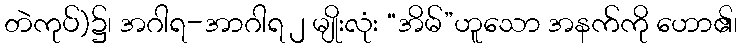
တဲကုပ်)၌၊ အဂါရ-အာဂါရ ၂ မျိုးလုံး “အိမ်”ဟူသော အနက်ကို ဟော၏၊